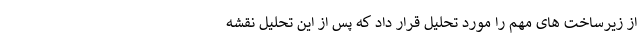
از زیرساخت های مهم را مورد تحلیل قرار داد که پس از این تحلیل نقشه